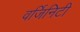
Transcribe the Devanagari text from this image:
वर्जिनिटी